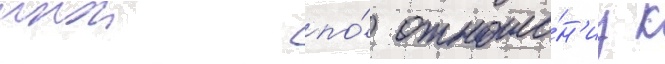
инои по́ отноше́н'иу к